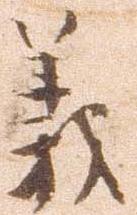
義